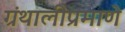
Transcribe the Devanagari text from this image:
ग्रंथालीप्रमाणे